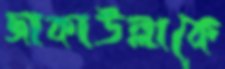
জাকাউল্লাকে